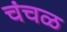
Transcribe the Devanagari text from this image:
चंचळ